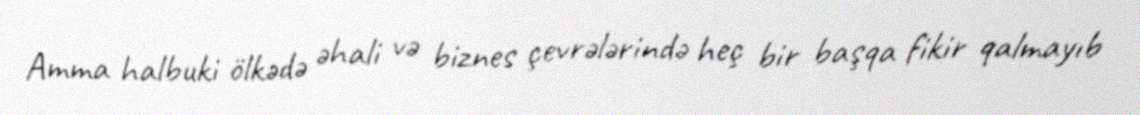
Amma halbuki ölkədə əhali və biznes çevrələrində heç bir başqa fikir qalmayıb